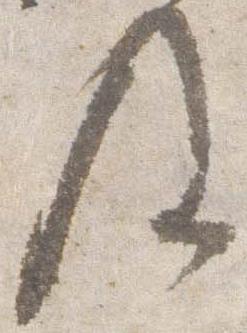
及